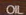
OIL